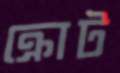
ক্রোট